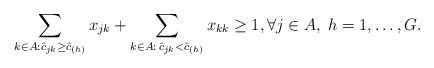
\begin{align*} \sum_{k \in A: \hat{c}_{jk} \ge \hat{c}_{(h)}} x_{jk}+\sum_{k\in A: \, \hat{c}_{jk} < \hat{c}_{(h)}} x_{kk}\ge 1, \forall j\in A, \; h=1,\ldots, G.\end{align*}